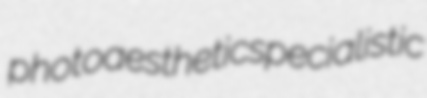
photoaesthetic specialistic